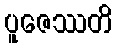
ပူဇေဿတိ